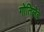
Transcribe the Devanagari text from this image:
गोतिलेब